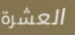
العشرة